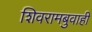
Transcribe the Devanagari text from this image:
शिवरामबुवाही